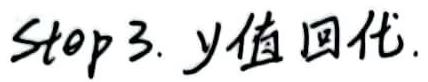
Step 3. $y$值回代.